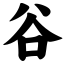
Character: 谷